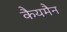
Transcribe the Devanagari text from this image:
कैयमैन